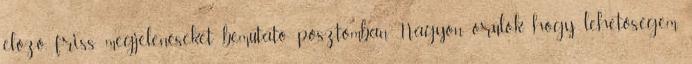
előző, friss megjelenéseket bemutató posztomban. Nagyon örülök, hogy lehetőségem